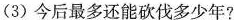
(3)今后最多还能砍伐多少年?